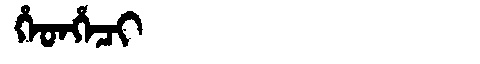
Manchu: ᡥᡝᡨᡥᡝᠴᡳ
Romanization: HETHECI